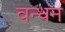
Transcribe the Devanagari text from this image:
वन्धन